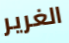
الغرير